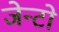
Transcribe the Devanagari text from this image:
जेन्टो